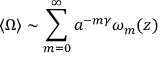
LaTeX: \langle \Omega \rangle \sim \sum _ { m = 0 } ^ { \infty } a ^ { - m \gamma } \omega _ { m } ( z )